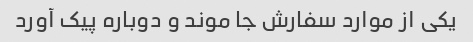
یکی از موارد سفارش جا موند و دوباره پیک آورد